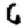
Digit: 6